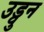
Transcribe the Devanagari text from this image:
उड्वुन